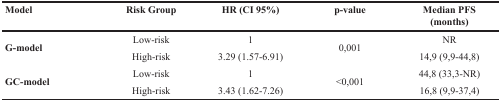
<table><thead><tr><td><b>Model</b></td><td><b>Risk Group</b></td><td><b>HR (CI 95%)</b></td><td><b>p-value</b></td><td><b>Median PFS (months)</b></td></tr></thead><tbody><tr><td rowspan="2"><b>G-model</b></td><td>Low-risk</td><td>1</td><td rowspan="2">0,001</td><td>NR</td></tr><tr><td>High-risk</td><td>3.29 (1.57-6.91)</td><td>14,9 (9,9-44,8)</td></tr><tr><td rowspan="2"><b>GC-model</b></td><td>Low-risk</td><td>1</td><td rowspan="2">&lt;0,001</td><td>44,8 (33,3-NR)</td></tr><tr><td>High-risk</td><td>3.43 (1.62-7.26)</td><td>16,8 (9,9-37,4)</td></tr></tbody></table>